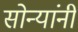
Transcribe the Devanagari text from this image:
सोन्यांनी